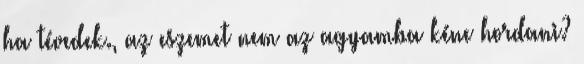
ha tévedek., az eszemet nem az agyamba kéne hordani?